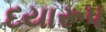
દયારૂપ